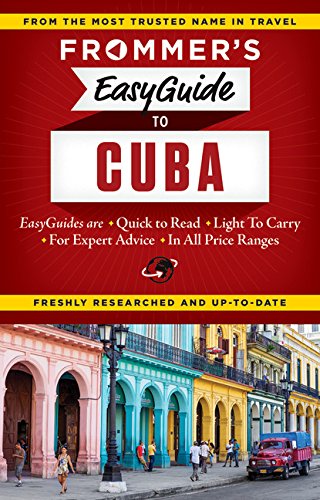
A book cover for Frommer's EasyGuide to Cuba (Easy Guides); Claire Boobbyer; Travel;